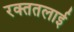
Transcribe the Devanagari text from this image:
रक्‍ततलाई